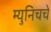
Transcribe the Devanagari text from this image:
म्युनिचचे